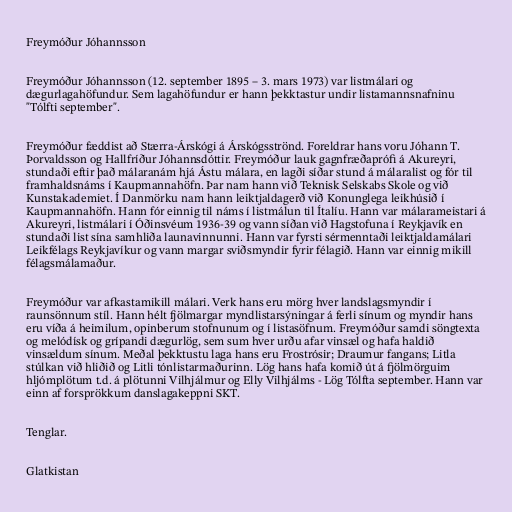
Freymóður Jóhannsson

Freymóður Jóhannsson (12. september 1895 – 3. mars 1973) var listmálari og
dægurlagahöfundur. Sem lagahöfundur er hann þekktastur undir listamannsnafninu
"Tólfti september".

Freymóður fæddist að Stærra-Árskógi á Árskógsströnd. Foreldrar hans voru Jóhann T.
Þorvaldsson og Hallfríður Jóhannsdóttir. Freymóður lauk gagnfræðaprófi á Akureyri,
stundaði eftir það málaranám hjá Ástu málara, en lagði síðar stund á málaralist og fór til
framhaldsnáms í Kaupmannahöfn. Þar nam hann við Teknisk Selskabs Skole og við
Kunstakademiet. Í Danmörku nam hann leiktjaldagerð við Konunglega leikhúsið í
Kaupmannahöfn. Hann fór einnig til náms í listmálun til Ítalíu. Hann var málarameistari á
Akureyri, listmálari í Óðinsvéum 1936-39 og vann síðan við Hagstofuna í Reykjavík en
stundaði list sína samhliða launavinnunni. Hann var fyrsti sérmenntaði leiktjaldamálari
Leikfélags Reykjavíkur og vann margar sviðsmyndir fyrir félagið. Hann var einnig mikill
félagsmálamaður.

Freymóður var afkastamikill málari. Verk hans eru mörg hver landslagsmyndir í
raunsönnum stíl. Hann hélt fjölmargar myndlistarsýningar á ferli sínum og myndir hans
eru víða á heimilum, opinberum stofnunum og í listasöfnum. Freymóður samdi söngtexta
og melódísk og grípandi dægurlög, sem sum hver urðu afar vinsæl og hafa haldið
vinsældum sínum. Meðal þekktustu laga hans eru Frostrósir; Draumur fangans; Litla
stúlkan við hliðið og Litli tónlistarmaðurinn. Lög hans hafa komið út á fjölmörguim
hljómplötum t.d. á plötunni Vilhjálmur og Elly Vilhjálms - Lög Tólfta september. Hann var
einn af forsprökkum danslagakeppni SKT.

Tenglar.

Glatkistan